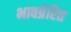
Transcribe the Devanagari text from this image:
भावप्रेरित